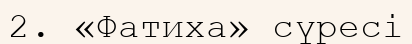
2. «Фатиха» сүресі